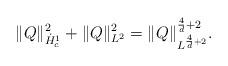
LaTeX: \begin{align*}\|Q\|^2_{\dot{H}^1_c} + \|Q\|^2_{L^2} = \|Q\|^{\frac{4}{d}+2}_{L^{\frac{4}{d}+2}}. \end{align*}